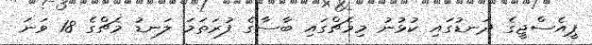
ޕީއެސްޖީގެ ދަނޑުގައި ކުޅުނު މިމެޗްގައި ބާސާގެ ފުރަތަމަ ލަނޑު މެޗްގެ 18 ވަނަ